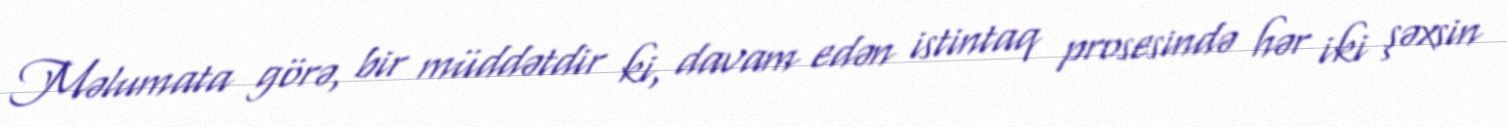
Məlumata görə, bir müddətdir ki, davam edən istintaq prosesində hər iki şəxsin